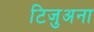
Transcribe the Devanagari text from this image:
टिजुअना